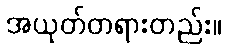
အယုတ်တရားတည်း။